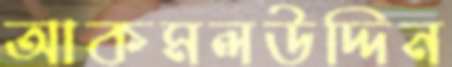
আকমলউদ্দিন